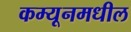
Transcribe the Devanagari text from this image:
कम्यूनमधील